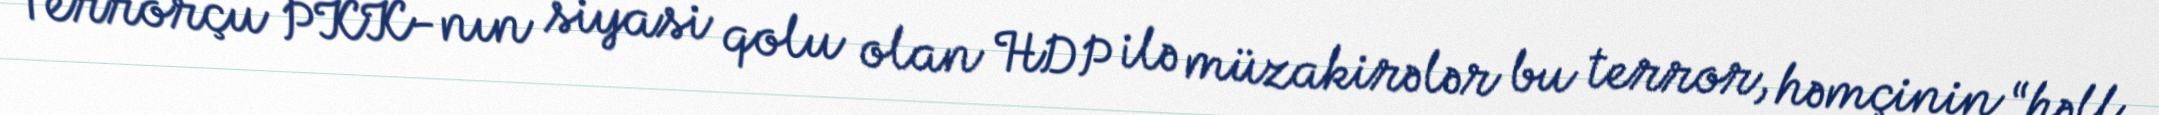
Terrorçu PKK-nın siyasi qolu olan HDP ilə müzakirələr bu terror, həmçinin “həll